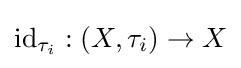
\operatorname {id} _{\tau _{i}}:\left(X,\tau _{i}\right)\to X